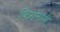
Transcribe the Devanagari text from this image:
विप्रांमध्ये